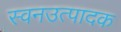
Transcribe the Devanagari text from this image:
स्वनउत्पादक